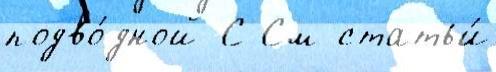
подво́дной С См статьи́